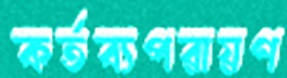
কর্তব্যপরায়ণ